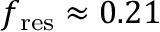
f _ { \mathrm { r e s } } \approx 0 . 2 1